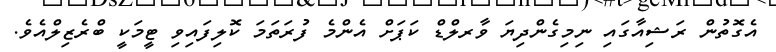
އެގޮތުން ރަޝިއާގައި ނިިމިގެންދިޔަ ވާރލްޑް ކަޕަށް އެންމެ ފުރަތަމަ ކޮލިފައިވި ޓީމަކީ ބްރެޒިލްއެވެ.